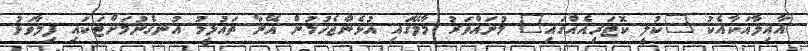
އާއިލާއަކާއެކު "ކުލީ ކޮޓަރިއެއްގައި" މުނައްވަރު މާލޭގައި އުޅެންޖެހުމުން އޭނާ ތައުލީމު އުނގެނުމަށްޓަކައި ފިލާވަޅު